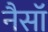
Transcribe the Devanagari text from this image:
नैसॉ